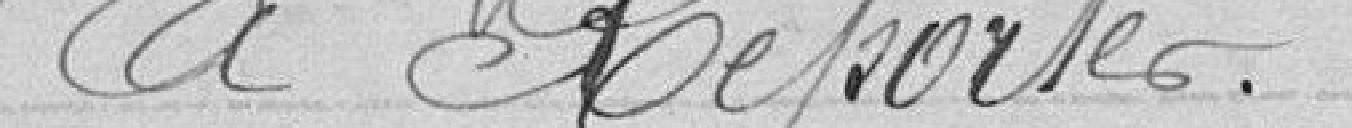
à reporter